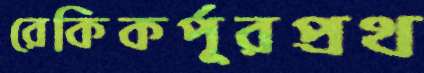
রেকিকর্পূরপ্রথ